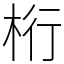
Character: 桁